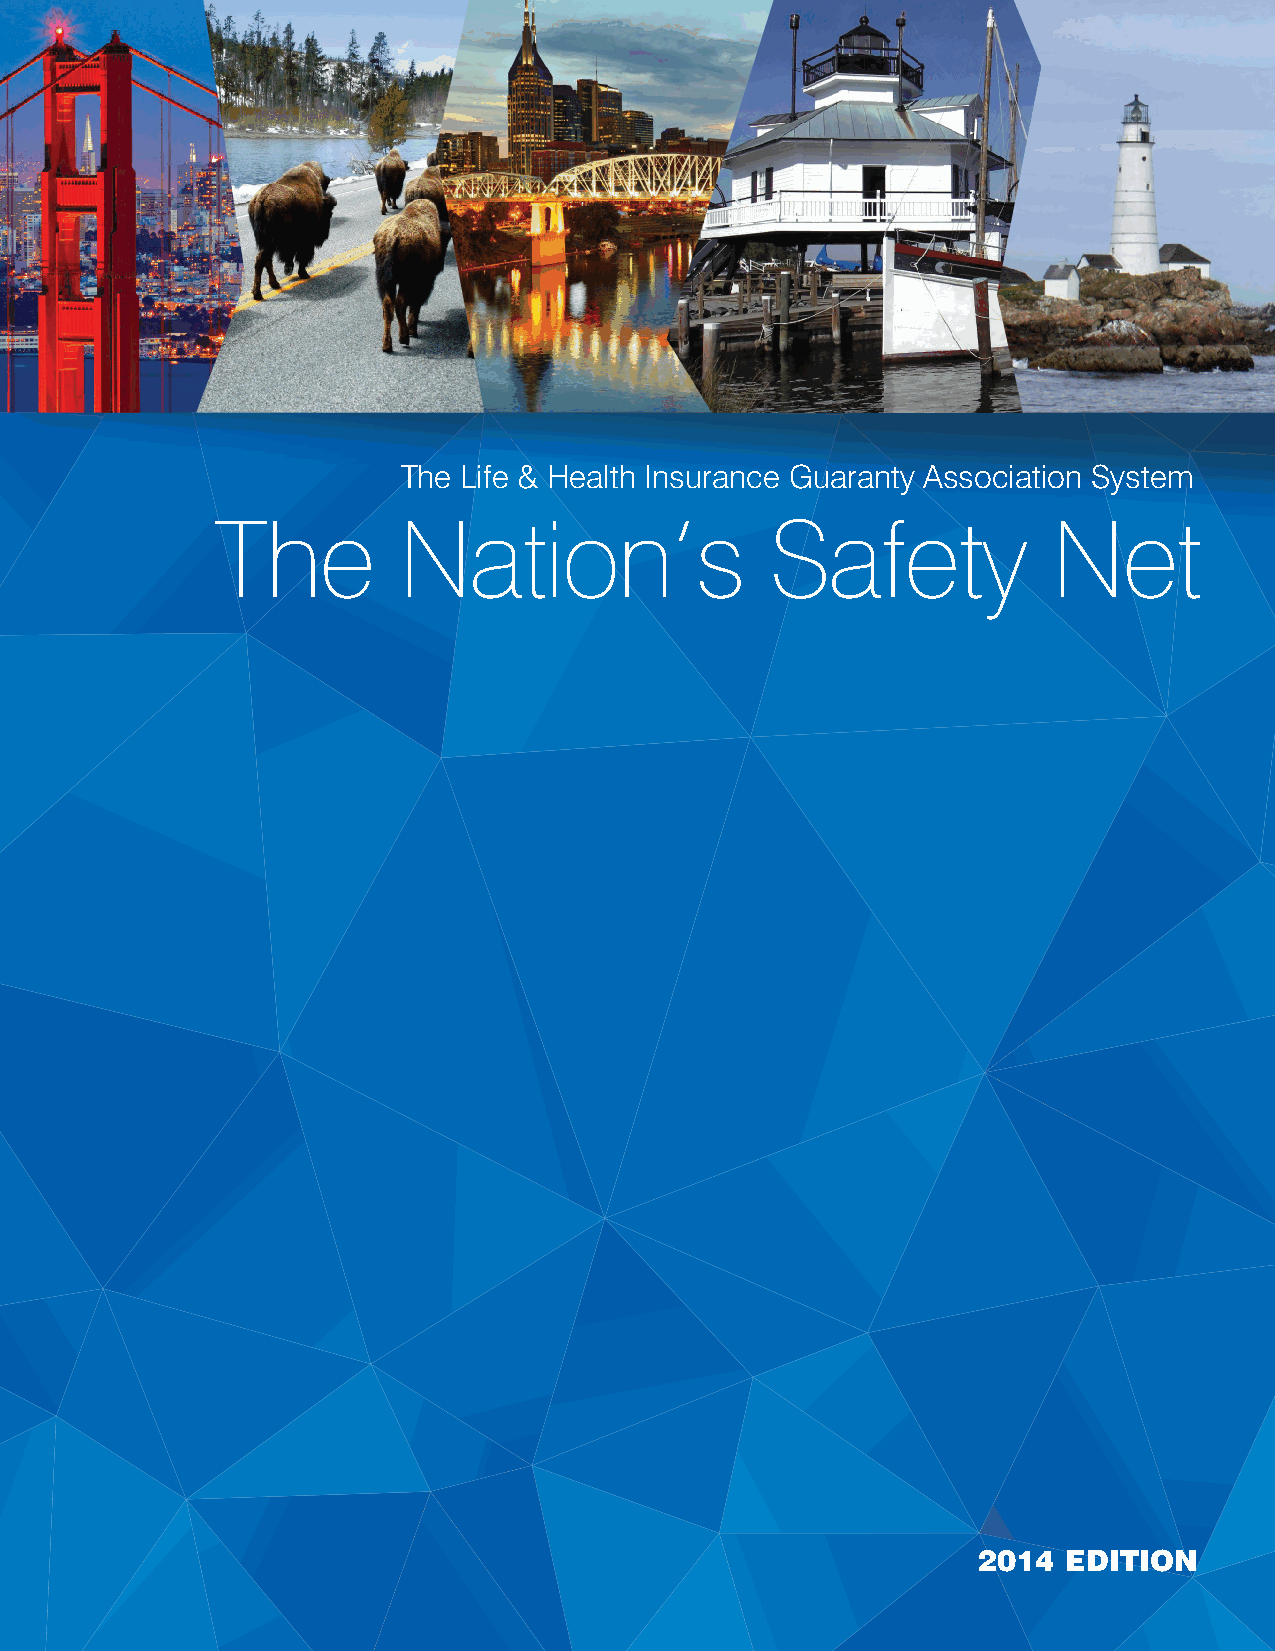
The Life & Health Insurance Guaranty Association System
 The         Nation’s                 Safety             Net
 2014  Edition